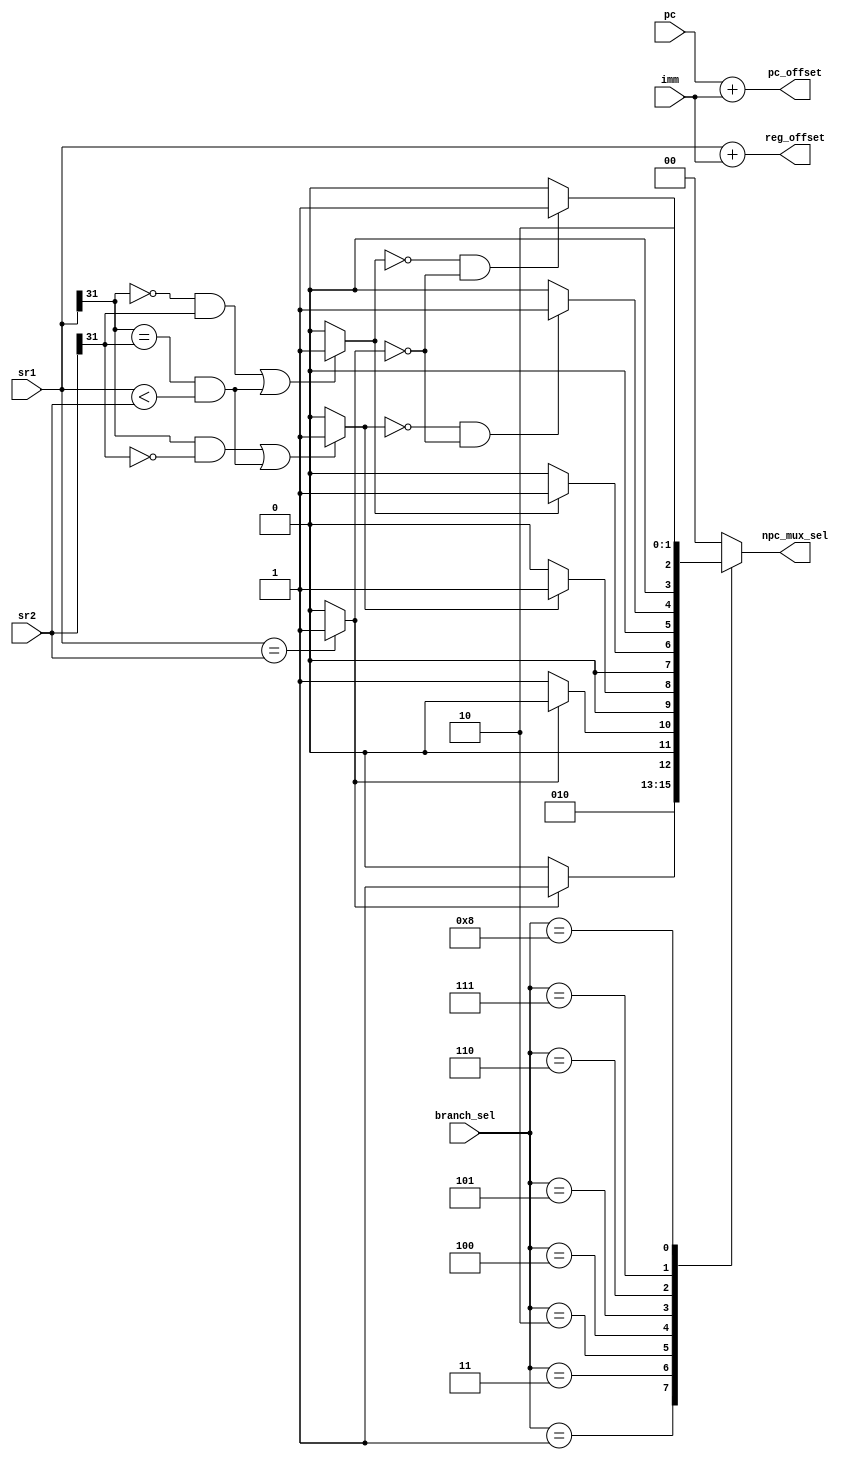
`timescale 1ns / 1ps
//////////////////////////////////////////////////////////////////////////////////
// Company: 
// Engineer: 
// 
// Design Name: 
// Module Name: BranchCtrl
// Project Name: 
// Target Devices: 
// Tool Versions: 
// Description: 
// 
// Dependencies: 
// 
// Revision:
// Revision 0.01 - File Created
// Additional Comments:
// 
//////////////////////////////////////////////////////////////////////////////////

/*
    ================================   Branch_CTRL module   ================================
    Author:         Wintermelon
    Last Edit:      2022.4.21

    This is the branch control unit
    Add the function of comparing 2 numbers
    Add the function of add 2 numbers
*/


module Branch_CTRL(
    input [3:0] branch_sel,
    input [31:0] sr1, sr2,
    input [31:0] imm,
    input [31:0] pc,
    output reg [1:0] npc_mux_sel,
    output reg [31:0] pc_offset, reg_offset
);


/* Branchsel Meaning Table
    NPC (pc + 4)            ---- 0
    OFFPC (pc + offset)     ---- 1
    NEQ (not equal)         ---- 2
    EQ (equal)              ---- 3
    SLT (sign less than)    ---- 4
    ULT (unsign less than)  ---- 5
    JALR (jalr)             ---- 6
*/

// B-state list
localparam NPC = 4'h0;
localparam OFFPC = 4'h1;
localparam NEQ = 4'h2;
localparam EQ = 4'h3;
localparam SLT = 4'h4;  // sign less than
localparam ULT = 4'h5;  // unsign less than
localparam SGT = 4'h6;  // sign greater than
localparam UGT = 4'h7;  // unsign greater than
localparam JALR = 4'h8;

// NPC mux list
localparam PLUS4 = 2'b00;
localparam PC_OFFSET = 2'b01;
localparam REG_OFFSET = 2'b10;
localparam INTERRUPT = 2'b11;

wire equal, sign_less_than, unsign_less_than;

assign equal = (sr1 == sr2 ? 1 : 0); 
assign sign_less_than = ((sr1[31] == 1 && sr2[31] == 0) || 
                          (sr1[31] == sr2[31] && sr1 < sr2)) ? 1 : 0;  
assign unsign_less_than = ((sr1[31] == 0 && sr2[31] == 1) || 
                          (sr1[31] == sr2[31] && sr1 < sr2)) ? 1 : 0;

always @(*) begin
    case (branch_sel) 
        NPC: npc_mux_sel = PLUS4;
        OFFPC: npc_mux_sel = PC_OFFSET;

        EQ: begin   // equal
            if (equal)
                npc_mux_sel = PC_OFFSET;
            else
                npc_mux_sel = PLUS4;
        end

        NEQ: begin  // not equal
            if (~equal)
                npc_mux_sel = PC_OFFSET;
            else
                npc_mux_sel = PLUS4;
        end

        SLT: begin  // sign less than
            if (sign_less_than)
                npc_mux_sel = PC_OFFSET;
            else
                npc_mux_sel = PLUS4;
        end

        ULT: begin  // unsign less than
            if (unsign_less_than)
                npc_mux_sel = PC_OFFSET;
            else
                npc_mux_sel = PLUS4;
        end

        SGT: begin  // sign greater than
            if (~sign_less_than && ~equal)
                npc_mux_sel = PC_OFFSET;
            else
                npc_mux_sel = PLUS4;
        end

        UGT: begin  // unsign greater than
            if (~unsign_less_than && ~equal)
                npc_mux_sel = PC_OFFSET;
            else
                npc_mux_sel = PLUS4;
        end

        JALR: begin   // jump and link R
            npc_mux_sel = REG_OFFSET;
        end

        default: begin
            npc_mux_sel = PLUS4;
        end
    endcase
end


always @(*) begin
    pc_offset = pc + imm;
    reg_offset = sr1 + imm;
end

endmodule